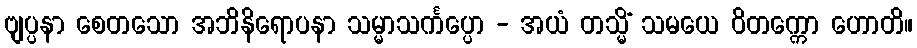
ဗျပ္ပနာ စေတသော အဘိနိရောပနာ သမ္မာသင်္ကပ္ပော - အယံ တသ္မိံ သမယေ ဝိတက္ကော ဟောတိ။